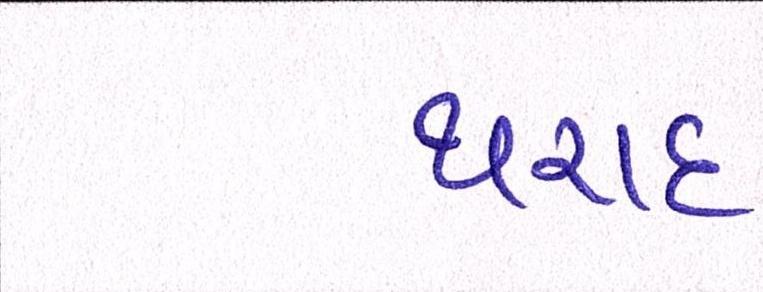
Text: થરાદ